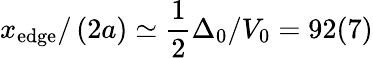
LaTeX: x_{\mathrm{{edge}}}/\left(2a\right)\simeq\frac{1}{2}\Delta_{0}/V_{0}=92(7)